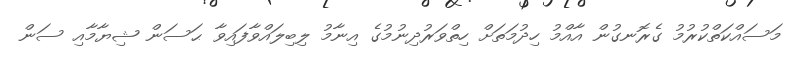
މަސައްކަތްކުރުމު ގެރޮނގުން އާއްމު ހިދުމަތަށް ހިތްވަރުދިނުމުގެ އިނާމު ލިބިލައްވާފައިވާ ޙަސަން ޝިޔާމާއި ސަން